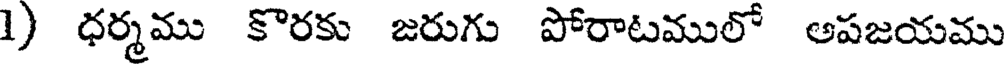
1) ధర్మము కొరకు జరుగు పోరాటములో అపజయము